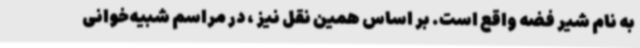
به نام شیر فضه واقع است. بر اساس همین نقل نیز ، در مراسم شبیه‌خوانی